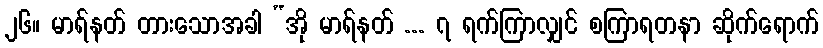
၂၆။ မာရ်နတ် တားသောအခါ “အို မာရ်နတ် ... ၇ ရက်ကြာလျှင် စကြာရတနာ ဆိုက်ရောက်